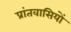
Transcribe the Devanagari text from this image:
प्रांतवासियों